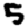
Digit: 5